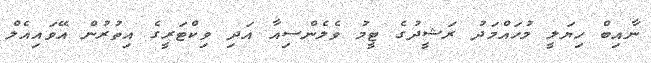
ނާއިބް ހިޔަލީ މުހައްމަދު ރަޝީދުގެ ޓީމު ވެލެންސިއާ އަދި ވިކްޓަރީގެ އިތުރުން އޭވައިއެލް